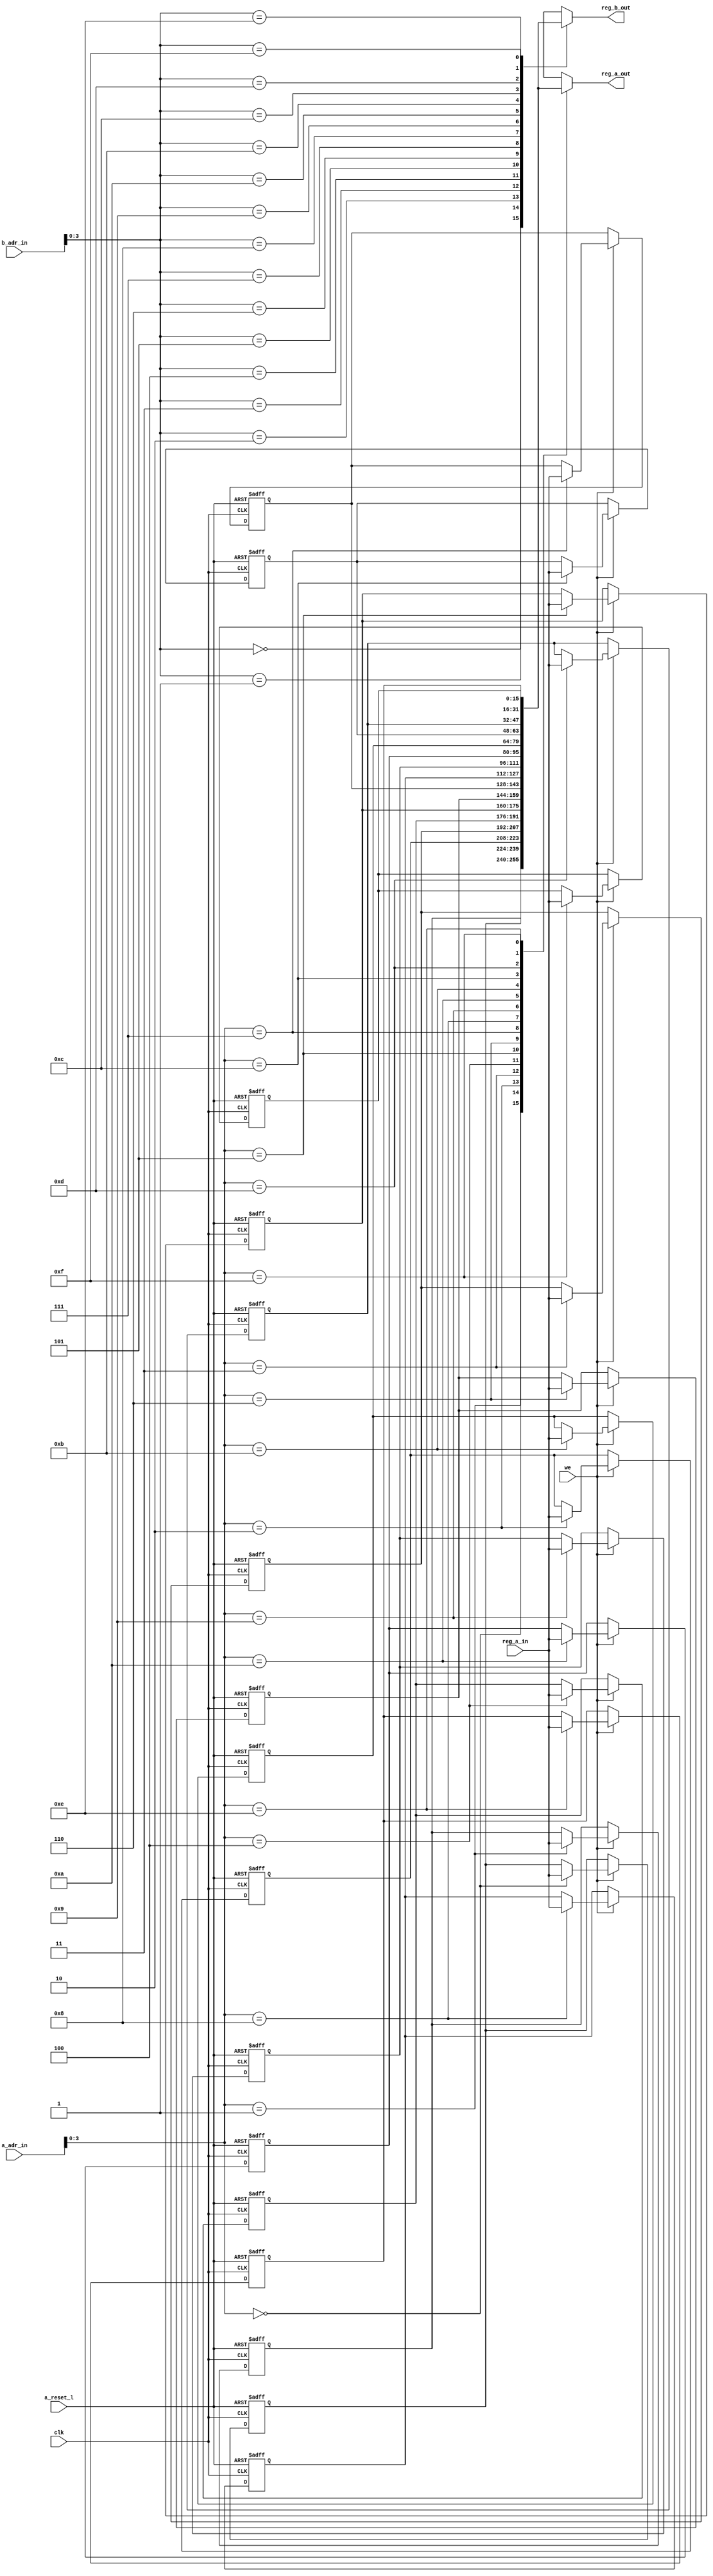
// Company           :   tud                      
//                    			
// Project Name      :   prz    
// Subproject Name   :   tutorial    
// Description       :   instantiation of reg_bank and bus_mux
//
// Last Change       :   $Date: 2016-07-26 17:14:23 +0200 (Tue, 26 Jul 2016) $
// by                :   $Author: jaac14 $                  			
//------------------------------------------------------------
`timescale 1ns/10ps
module reg_file (
	clk,
	a_reset_l,
	a_adr_in,
	b_adr_in,
	reg_a_in,
	we,
	reg_a_out,
	reg_b_out
);
	parameter SEG_REG_WL	= 4;	// segment register width
	parameter ADR_REG_WL	= 4;	// address register width
	parameter RAM_ADR_WL 	= SEG_REG_WL + ADR_REG_WL -1; 	// RAM address width, 7 from documentation 
	parameter DATA_WL		= 16;
	parameter REG_CNT		= 16;	// number of regs 
	
	input 						clk;
	input 						a_reset_l;
	input 	[RAM_ADR_WL-1 :0]	a_adr_in;	// address of memory fed out to reg_a port 
	input	[RAM_ADR_WL-1 :0]	b_adr_in;	// address of memory fed out to reg_b port 
	input 	[DATA_WL-1 :0]		reg_a_in;	// input fed into memory with a_adr
	input 						we;			// write enable of reg a (using a_adr_in)
	output 	[DATA_WL-1 :0]		reg_a_out;	// output of memory on a_adr
	output 	[DATA_WL-1 :0]		reg_b_out;	// output of memory on b_adr
	
	reg 	[DATA_WL-1 :0] mem [0:REG_CNT-1];	// register array 16*16bit
	//reg 	[DATA_WL-1 :0]		reg_a;
	//reg 	[DATA_WL-1 :0]		reg_b;
	
	integer i;	// loop constant for resetting all register
	
	
always @(posedge clk or negedge a_reset_l)
	begin
		if (a_reset_l == 1'b0)
			begin
				for (i = 0; i < REG_CNT; i = i + 1) begin
					mem[i] <= 16'd10;
    			end
			end
		else if (we == 1'b1)
			begin
				mem[a_adr_in] <= reg_a_in;
			end
	end // always @ (posedge clk or negedge a_reset_l)
/*
always @(a_adr_in or b_adr_in or mem )
	begin
	reg_a = mem[a_adr_in];
	reg_b = mem[b_adr_in];		
end // always @ (posedge clk or negedge a_reset_l)


assign reg_a_out = reg_a;
assign reg_b_out = reg_b;
*/

assign reg_a_out = mem[a_adr_in];
assign reg_b_out = mem[b_adr_in];

endmodule //